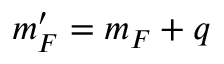
m _ { F } ^ { \prime } = m _ { F } + q